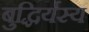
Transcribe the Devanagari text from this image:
बुद्धिर्यस्य